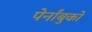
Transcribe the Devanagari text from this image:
पेर्नांबुको